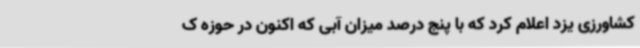
کشاورزی یزد اعلام کرد که با پنج درصد میزان آبی که اکنون در حوزه ک